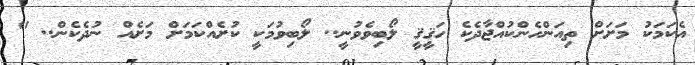
އެކަމަކު މަށަށް ތިއަންހެންކުއްޖާދެކެ ހަޤީޤީ ލޯބިވެވުނީ.. ލޯބިވުމަކީ ކުށެއްކަމަށް މަށެއް ނުދެކެން.. "